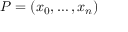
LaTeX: P = ( x _ { 0 } , \ldots , x _ { n } ) \,